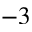
^ { - 3 }